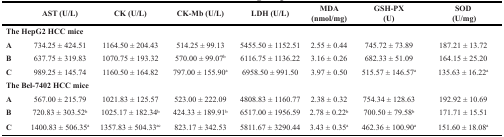
<table><thead><tr><td></td><td><b>AST (U/L)</b></td><td><b>CK (U/L)</b></td><td><b>CK-Mb (U/L)</b></td><td><b>LDH (U/L)</b></td><td><b>MDA (nmol/mg)</b></td><td><b>GSH-PX (U)</b></td><td><b>SOD (U/mg)</b></td></tr></thead><tbody><tr><td colspan="8"><b>The HepG2 HCC mice</b></td></tr><tr><td><b>A</b></td><td>734.25 ± 424.51</td><td>1164.50 ± 204.43</td><td>514.25 ± 99.13</td><td>5455.50 ± 1152.51</td><td>2.55 ± 0.44</td><td>745.72 ± 73.89</td><td>187.21 ± 13.72</td></tr><tr><td><b>B</b></td><td>637.75 ± 319.83</td><td>1070.75 ± 193.32</td><td>570.00 ± 99.07<sup>b</sup></td><td>6116.75 ± 1136.22</td><td>3.16 ± 0.26</td><td>682.33 ± 51.09</td><td>164.15 ± 25.20</td></tr><tr><td><b>C</b></td><td>989.25 ± 145.74</td><td>1160.50 ± 164.82</td><td>797.00 ± 155.90<sup>a</sup></td><td>6958.50 ± 991.50</td><td>3.97 ± 0.50</td><td>515.57 ± 146.57<sup>a</sup></td><td>135.63 ± 16.22<sup>a</sup></td></tr><tr><td colspan="8"><b>The Bel-7402 HCC mice</b></td></tr><tr><td><b>A</b></td><td>567.00 ± 215.79</td><td>1021.83 ± 125.57</td><td>523.00 ± 222.09</td><td>4808.83 ± 1160.77</td><td>2.38 ± 0.32</td><td>754.34 ± 128.63</td><td>192.92 ± 10.69</td></tr><tr><td><b>B</b></td><td>720.83 ± 303.52<sup>b</sup></td><td>1025.17 ± 182.34<sup>b</sup></td><td>424.33 ± 189.91<sup>b</sup></td><td>6517.00 ± 1956.59</td><td>2.78 ± 0.22<sup>b</sup></td><td>700.50 ± 79.58<sup>b</sup></td><td>171.71 ± 15.51</td></tr><tr><td><b>C</b></td><td>1400.83 ± 506.35<sup>a</sup></td><td>1357.83 ± 504.33<sup>ac</sup></td><td>823.17 ± 342.53</td><td>5811.67 ± 3290.44</td><td>3.43 ± 0.35<sup>a</sup></td><td>462.36 ± 100.90<sup>a</sup></td><td>151.60 ± 18.08<sup>a</sup></td></tr></tbody></table>